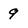
Character: 9